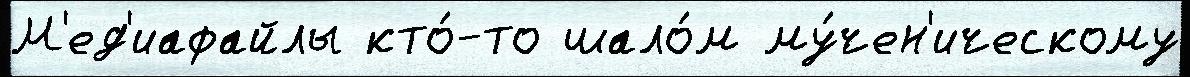
М'ед'иафайлы кто́-то шало́м му́чен'ическому